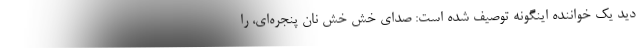
دید یک خواننده اینگونه توصیف شده است: صدای خش خش نان پنجره‌ای، را